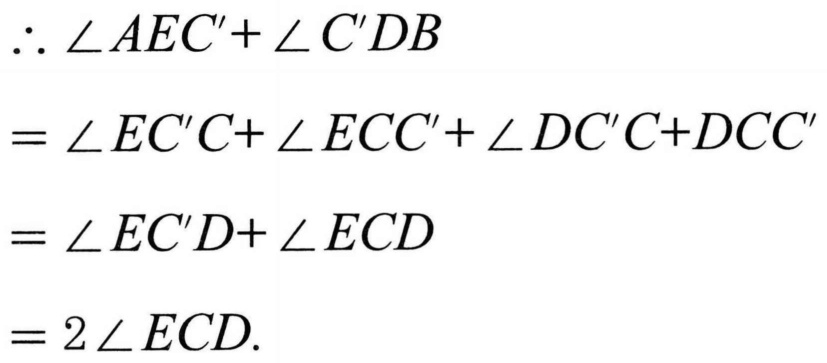
\[
\begin{align*}
&\therefore\angle AEC'+\angle C'DB\\
=&\angle EC'C+\angle ECC'+\angle DC'C + DCC'\\
=&\angle EC'D+\angle ECD\\
=&2\angle ECD.
\end{align*}
\]